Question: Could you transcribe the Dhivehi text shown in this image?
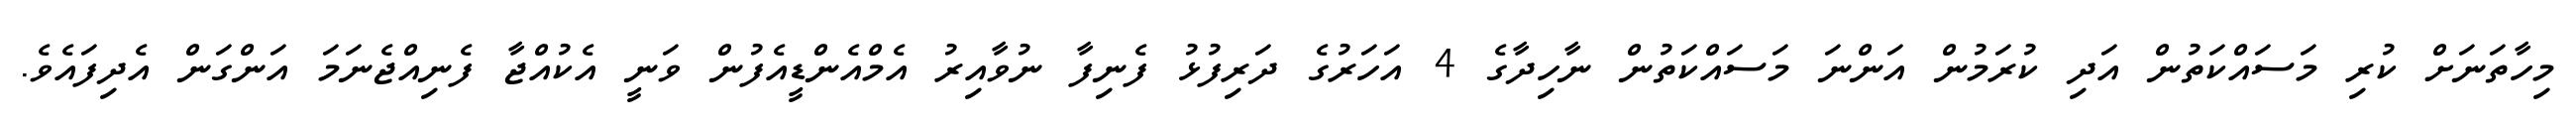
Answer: މިހާތަނަށް ކުރި މަސައްކަތުން އަދި ކުރަމުން އަންނަ މަސައްކަތުން ނާހިދާގެ 4 އަހަރުގެ ދަރިފުޅު ފެނިފާ ނުވާއިރު އެމްއެންޑީއެފުން ވަނީ އެކުއްޖާ ފެނިއްޖެނަމަ އަންގަން އެދިފައެވެ.